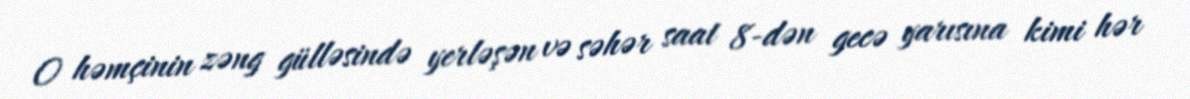
O həmçinin zəng gülləsində yerləşən və səhər saat 8-dən gecə yarısına kimi hər